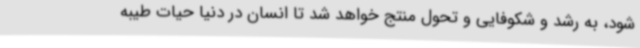
شود، به رشد و شکوفایی و تحول منتج خواهد شد تا انسان در دنیا حیات طیبه